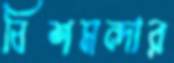
বিশমন্দার